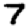
Digit: 7